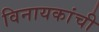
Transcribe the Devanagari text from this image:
विनायकांची